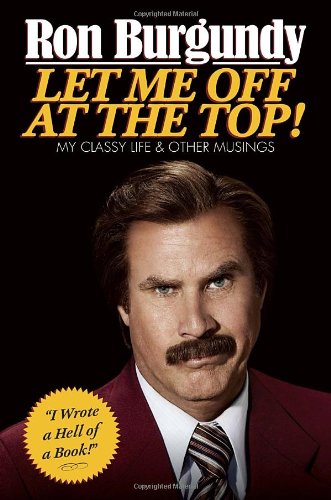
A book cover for Let Me Off at the Top!: My Classy Life and Other Musings; Ron Burgundy; Humor & Entertainment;